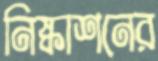
নিষ্কাশনের